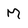
Character: M